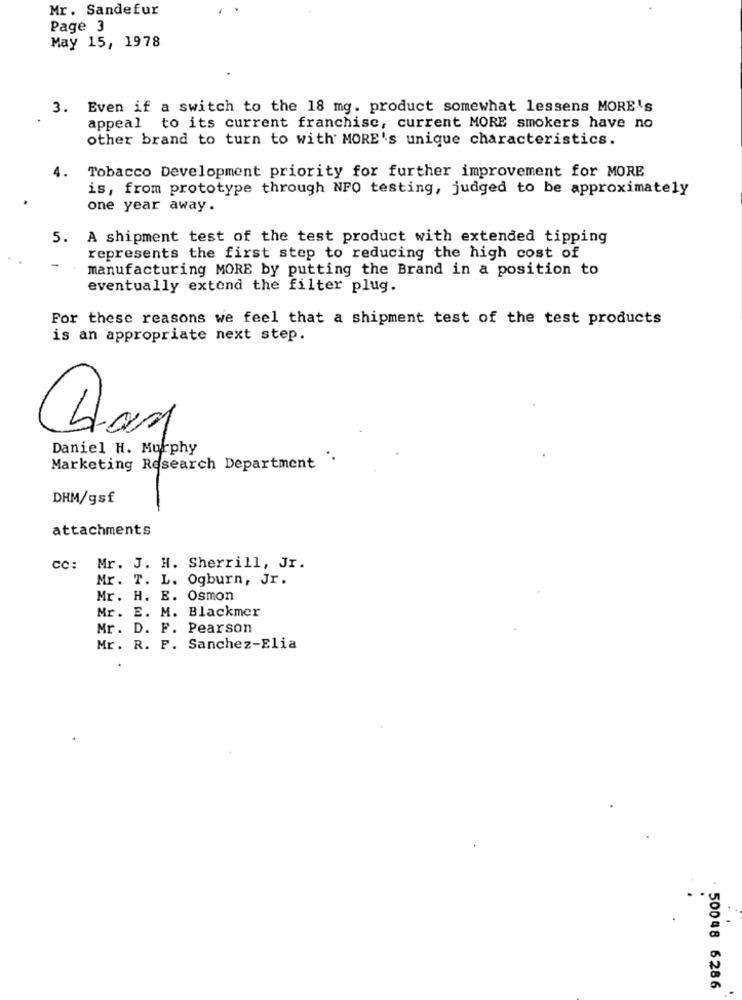
Mr. Sandefur
Page 3
May 15, 1978
3. Even if a switch to the 18 mg. product somewhat lessens MORE's
appeal to its current franchise, current MORE smokers have no
other brand to turn to with MORE's unique characteristics.
4.
Tobacco Development priority for further improvement for MORE
is, from prototype through NPO testing, judged to be approximately
one year away.
5. A shipment test of the test product with extended tipping
represents the first step to reducing the high cost of
manufacturing MORE by putting the Brand in a position to
eventually extend the filter plug.
For these reasons we feel that a shipment test of the test products
is an appropriate next step.
Daniel H. Murphy
Marketing Research Department
DHM/gsf
attachments
cc: Mr. J. H. Sherrill, Jr.
Mr. T. L. Ogburn, Jr.
Mr. H. E. Osmon
Mr. E. M. Blackmer
Mr. D. F. Pearson
Mr. R. F. Sanchez-Elia
50048 6286